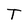
Character: T